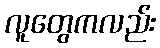
လူတွေကလည်း